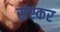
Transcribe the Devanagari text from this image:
संस्कर